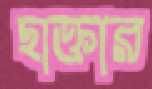
ছাক্তার